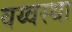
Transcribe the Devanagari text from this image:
वय्वस्था